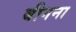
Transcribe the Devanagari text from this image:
बीगना